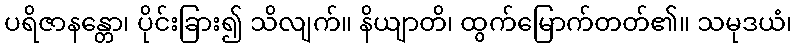
ပရိဇာနန္တော၊ ပိုင်းခြား၍ သိလျက်။ နိယျာတိ၊ ထွက်မြောက်တတ်၏။ သမုဒယံ၊